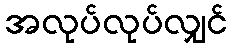
အလုပ်လုပ်လျှင်